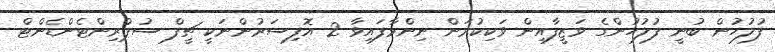
ފުލުހުން ބުނީ ފުލުހުންގެ ވަޒީފާއިން ވަކިކުރަން ނިންމާފައިވާ 2 އޮފިސަރުންނަކީ ޗީފް ސުޕްރިންޓެންޑެންޓް